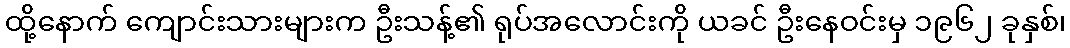
ထို့နောက် ကျောင်းသားများက ဦးသန့်၏ ရုပ်အလောင်းကို ယခင် ဦးနေဝင်းမှ ၁၉၆၂ ခုနှစ်၊